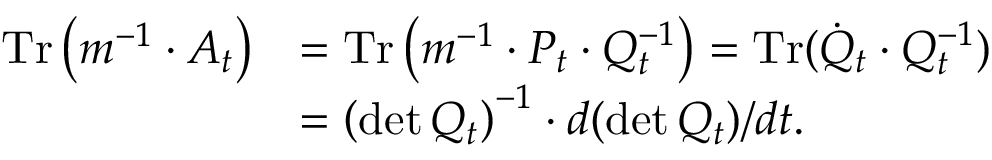
\begin{array} { r l } { \operatorname { T r } \left( m ^ { - 1 } \cdot A _ { t } \right) } & { = \operatorname { T r } \left( m ^ { - 1 } \cdot P _ { t } \cdot Q _ { t } ^ { - 1 } \right) = \operatorname { T r } ( \dot { Q } _ { t } \cdot Q _ { t } ^ { - 1 } ) } \\ & { = \left( \operatorname* { d e t } Q _ { t } \right) ^ { - 1 } \cdot d ( \operatorname* { d e t } Q _ { t } ) / d t . } \end{array}